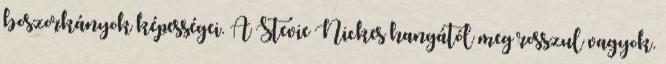
boszorkányok képességei. A Stevie Nickes hangától meg rosszul vagyok.